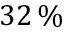
3 2 \, \%